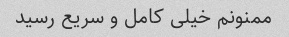
ممنونم خیلی کامل و سریع رسید